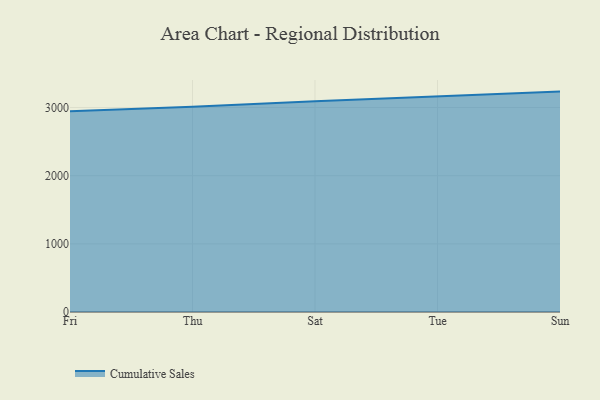
{"axis": {"x": "Day", "y": "Revenue (USD Million)"}, "legend": ["Cumulative Sales"], "data": [{"x": "Fri", "y": 2944.1, "type": "Cumulative Sales"}, {"x": "Thu", "y": 3009.4, "type": "Cumulative Sales"}, {"x": "Sat", "y": 3092.4, "type": "Cumulative Sales"}, {"x": "Tue", "y": 3167.2, "type": "Cumulative Sales"}, {"x": "Sun", "y": 3233.4, "type": "Cumulative Sales"}]}